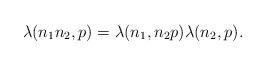
LaTeX: \begin{align*}\lambda(n_1n_2,p)=\lambda(n_1,n_2p)\lambda(n_2,p).\end{align*}